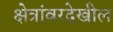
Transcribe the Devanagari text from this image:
क्षेत्रांवरदेखील